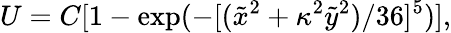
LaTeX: U=C[1-\exp(-[(\tilde{x}^{2}+\kappa^{2}\tilde{y}^{2})/36]^{5})],